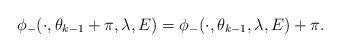
LaTeX: \begin{align*} \phi_-(\cdot,\theta_{k-1}+\pi,\lambda, E)=\phi_-(\cdot, \theta_{k-1},\lambda, E)+\pi.\end{align*}